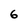
Character: 6